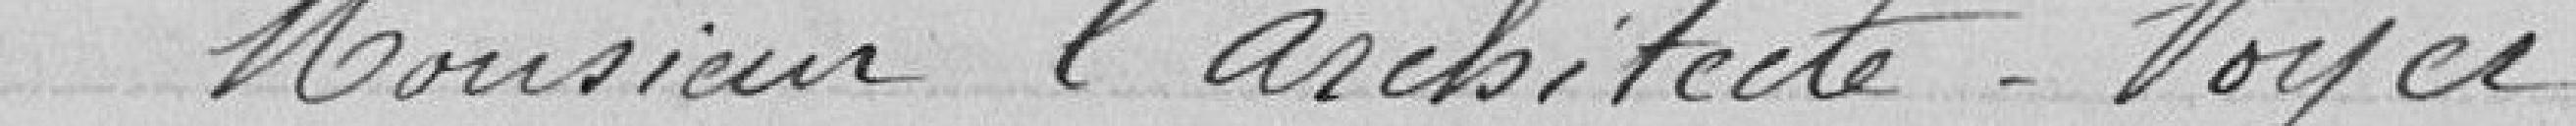
Monsieur l'Architecte VOYCE